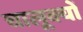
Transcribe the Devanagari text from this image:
चालूक्यों